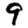
Digit: 9